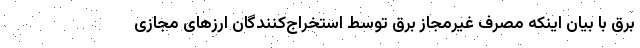
برق با بیان اینکه مصرف غیرمجاز برق توسط استخراج‌کنندگان ارزهای مجازی